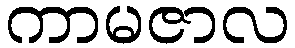
ကာမဇာလ